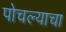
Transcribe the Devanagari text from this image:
पोचल्याचा